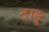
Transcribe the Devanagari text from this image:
दाहू